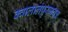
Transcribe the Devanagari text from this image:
क्वालालंपुरजवळ